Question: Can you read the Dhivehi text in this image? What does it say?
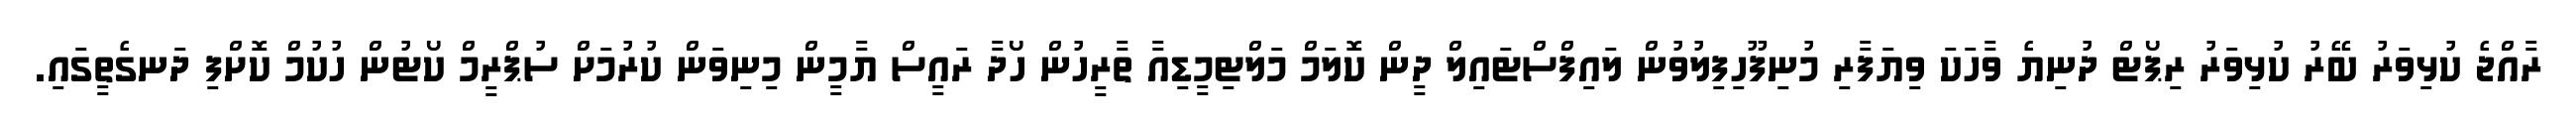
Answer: ރާއްޖެ ކުޅިވަރު ބޭރު ކުޅިވަރު ރިޕޯޓް ދުނިޔެ ވާހަކަ ވިޔަފާރި މުނިފޫހިފިލުވުން ލައިފްސްޓައިލް ދީން ކޮލަމް މަލްޓިމީޑިއާ ތާރީހުން ހޯދާ ރައީސް ޔާމީން މިނިވަން ކުރުމަށް ސުޕްރީމް ކޯޓުން ހުކުމް ކޮށްފި ދަނގެތީގައި.